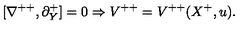
[ \nabla ^ { + + } , \partial _ { Y } ^ { + } ] = 0 \Rightarrow V ^ { + + } = V ^ { + + } ( X ^ { + } , u ) .